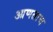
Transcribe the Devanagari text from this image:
आणताच